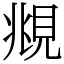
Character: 覜